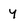
Character: y